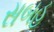
સબહ